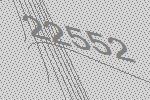
22552